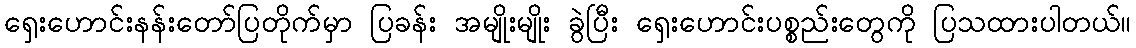
ရှေးဟောင်းနန်းတော်ပြတိုက်မှာ ပြခန်း အမျိုးမျိုး ခွဲပြီး ရှေးဟောင်းပစ္စည်းတွေကို ပြသထားပါတယ်။